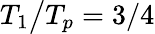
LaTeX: T_{1}\big/T_{p}=3/4